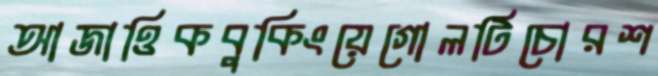
আজাত্তিকবুকিংয়েগোলটিচোরশ